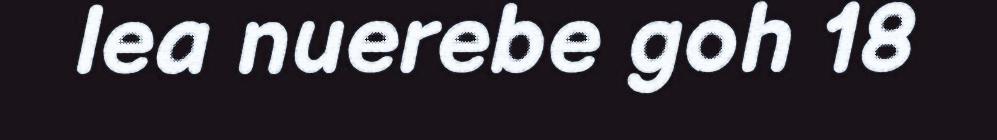
lea nuerebe goh 18